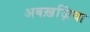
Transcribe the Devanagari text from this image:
अबख़ज़िया